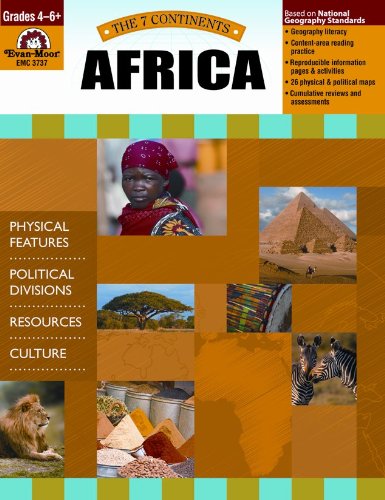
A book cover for Africa (7 Continents); Evan Moor; Children's Books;